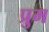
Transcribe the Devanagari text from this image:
प्रुम